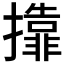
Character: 𱡇